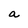
Character: a